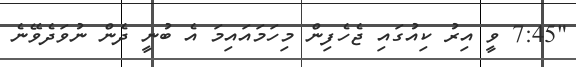
"7:45 ވީ އިރު ކިއުގައި ޖެހެފިން މިހަމައައިމަ އެ ބުނީ ދެން ނުވަދެވޭނެ